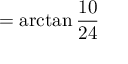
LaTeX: = \arctan { \frac { 1 0 } { 2 4 } }